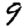
Digit: 9